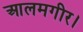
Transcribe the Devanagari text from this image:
आलमगीर।